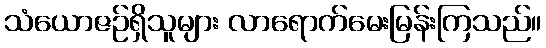
သံယောဇဉ်ရှိသူများ လာရောက်မေးမြန်းကြသည်။